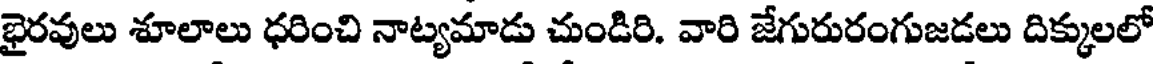
భైరవులు శూలాలు ధరించి నాట్యమాడు చుండిరి. వారి జేగురురంగుజడలు దిక్కులలో